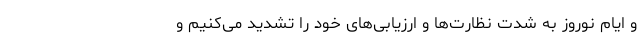
و ایام نوروز به شدت نظارت‌ها و ارزیابی‌های خود را تشدید می‌کنیم و